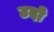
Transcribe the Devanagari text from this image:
उदो